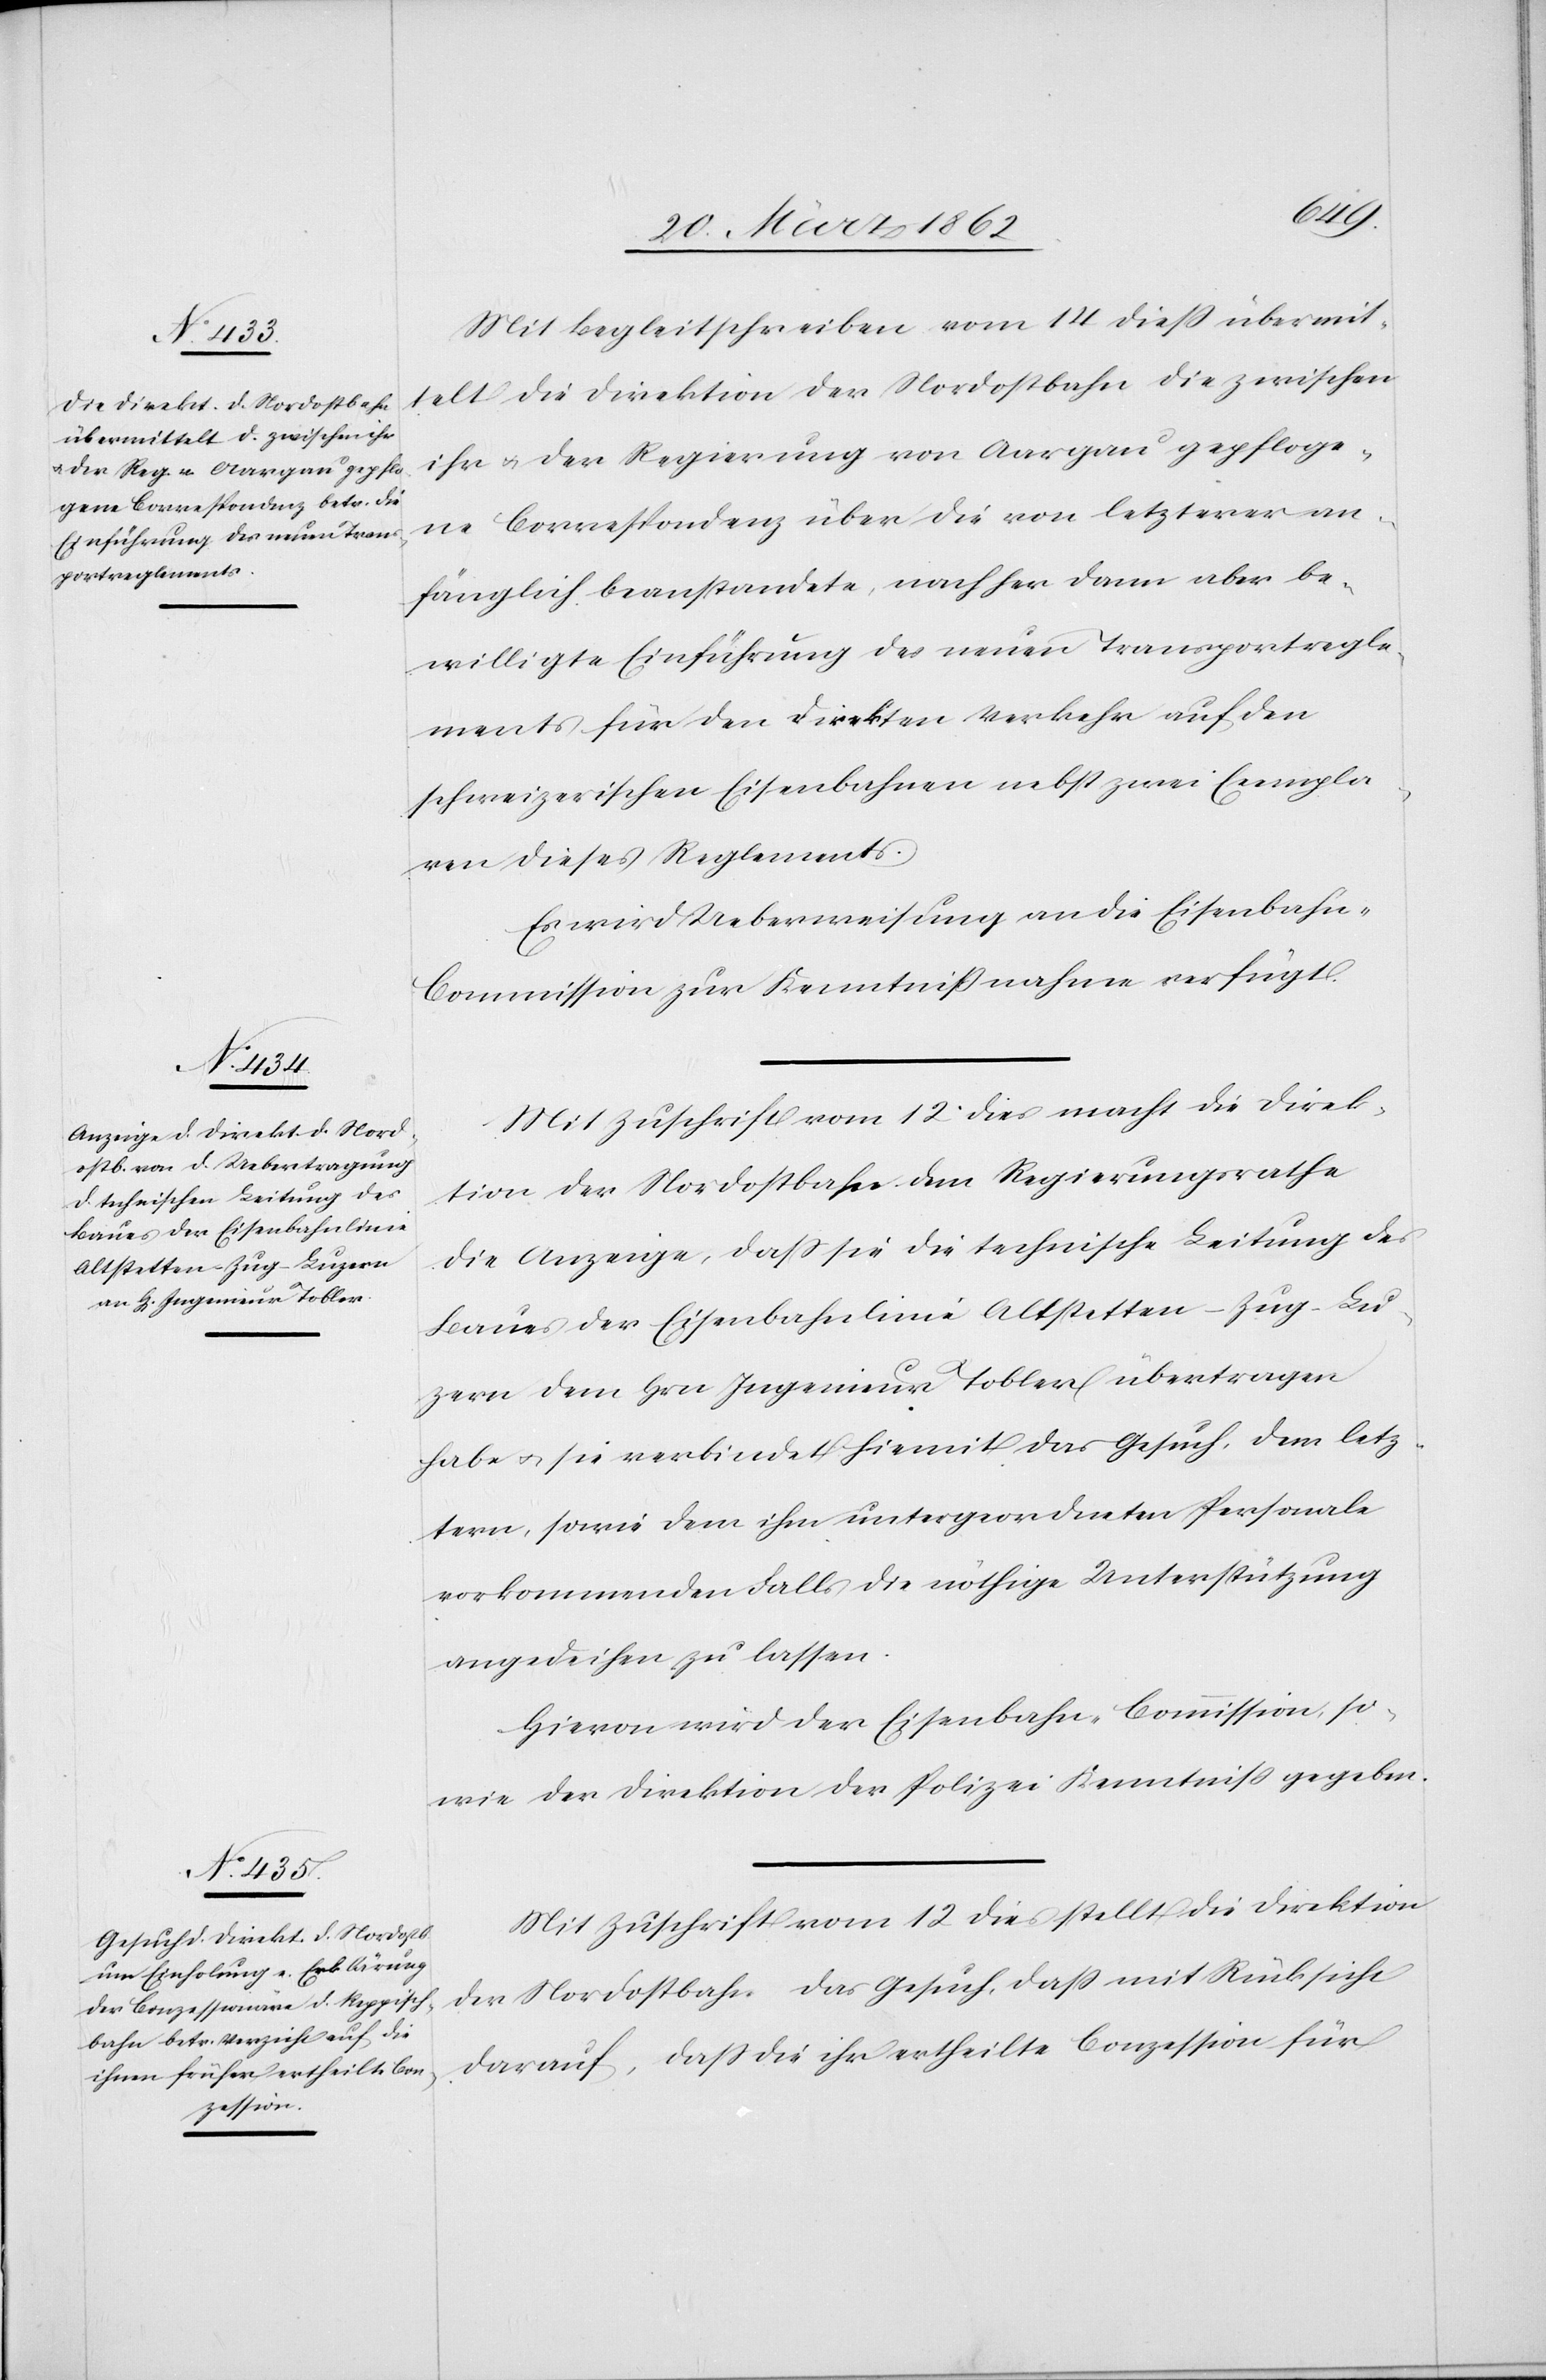
Mit Begleitschreiben vom 14 dieß übermit¬
telt die Direktion der Nordostbahn die zwischen
ihr u. der Regierung von Aargau gepfloge¬
ne Correspondenz über die von letzterer an¬
fänglich beanstandete, nachher dann aber be¬
willigte Einführung des neuen Transportregle¬
ments für den direkten Verkehr auf den
schweizerischen Eisenbahnen nebst zwei Exempla¬
ren dieses Reglements.
Es wird Ueberweisung an die Eisenbahn-C¬
ommission zur Kenntnißnahme verfügt.
Mit Zuschrift vom 12 dies macht die Direk¬
tion der Nordostbahn dem Regierungsrathe
die Anzeige, daß sie die technische Leitung des
Baues der Eisenbahnlinie Altstetten – Zug – Lu¬
zern dem Hrn Ingenieur Tobler übertragen
habe u. sie verbindet hiemit das Gesuch, dem letz¬
tern, sowie dem ihm untergeordneten Personale
vorkommenden Falls die nöthige Unterstützung
angedeihen zu lassen.
Hievon wird der Eisenbahn-Commission, so¬
wie der Direktion der Polizei Kenntniß gegeben.
Mit Zuschrift vom 12 dies stellt die Direktion
der Nordostbahn das Gesuch, daß mit Rücksicht
darauf, daß die ihr ertheilte Conzession für